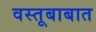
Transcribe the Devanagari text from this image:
वस्तूबाबात